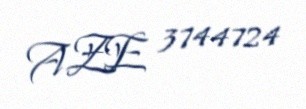
AZE 3744724